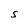
Character: s